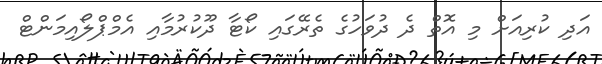
އަދި ކުރިއަށް މި އޮތް ދެ ދުވަހުގެ ތެރޭގައި ކޯޓާ ދޫކުރުމާއި އެމްޕްލޯއިމަންޓް